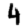
Digit: 4